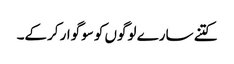
کتنے سارے لوگوں کو سوگوار کرکے۔